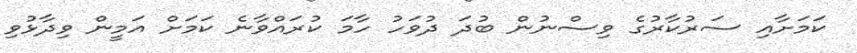
ކަމަށާއި ސަރުކާރުގެ ވިސްނުން ބުދަ ދުވަހު ހާމަ ކުރައްވާނެ ކަމަށް އަމީން ވިދާޅުވި